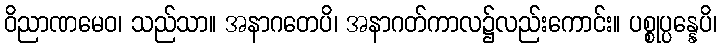
ဝိညာဏမေဝ၊ သည်သာ။ အနာဂတေပိ၊ အနာဂတ်ကာလ၌လည်းကောင်း။ ပစ္စုပ္ပန္နေပိ၊